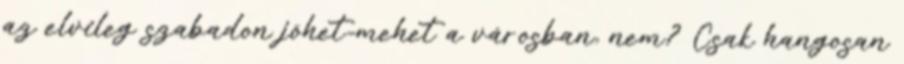
az elvileg szabadon jöhet-mehet a városban, nem? Csak hangosan